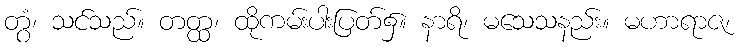
တွံ၊ သင်သည်။ တတ္ထ၊ ထိုကမ်းပါးပြတ်၌။ နာရိ၊ မသေသနည်း။ မဟာရာဇ၊